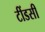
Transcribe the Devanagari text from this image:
टींडसी